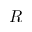
R